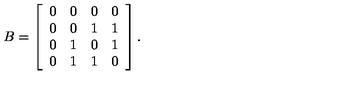
B = \left[ \begin{array} { c c c c } { 0 } & { 0 } & { 0 } & { 0 } \\ { 0 } & { 0 } & { 1 } & { 1 } \\ { 0 } & { 1 } & { 0 } & { 1 } \\ { 0 } & { 1 } & { 1 } & { 0 } \\ \end{array} \right] .